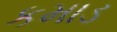
કમાડ